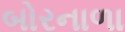
બોરનાળા